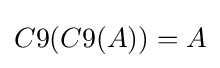
C9(C9(A))=A